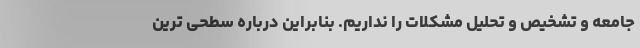
جامعه و تشخیص و تحلیل مشکلات را نداریم. بنابراین درباره سطحی ترین